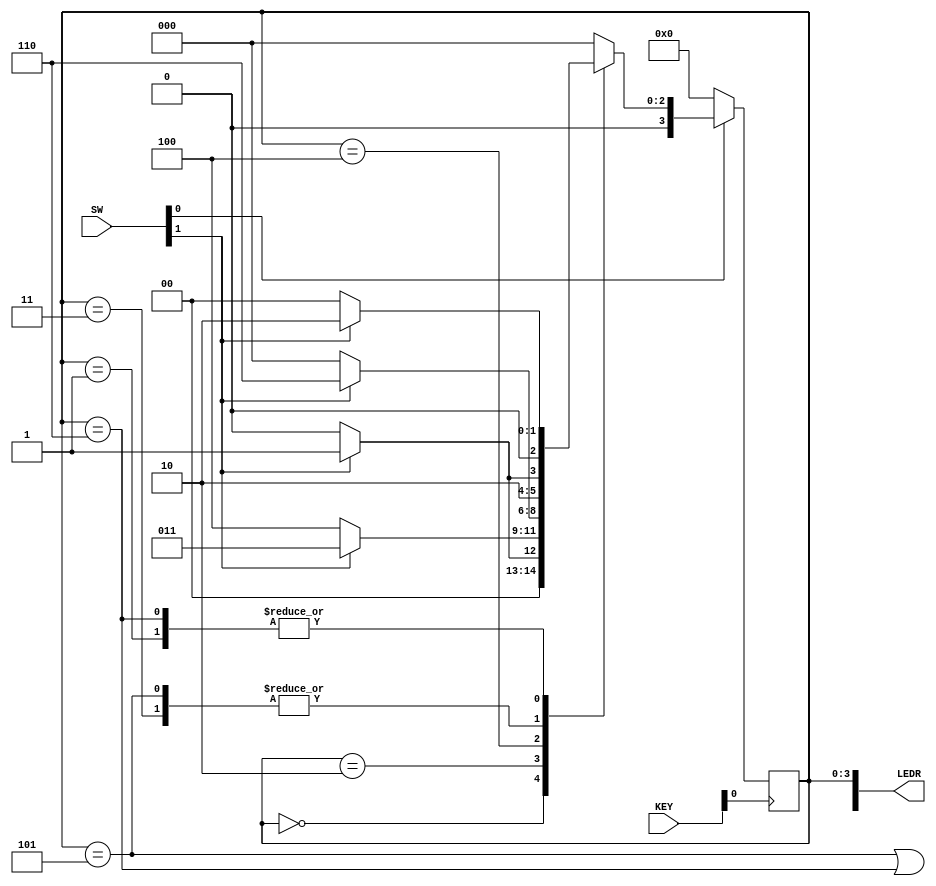
`timescale 1ns / 1ps

module main(SW, KEY, LEDR);
    input [9:0]SW;
    input [3:0]KEY;
    output [9:0]LEDR;

    wire w, clock, resetn, out_light;
    
    reg [3:0]PS, NS; // PS represents current state, NS represents next state
    
    localparam A = 4'b0000, B = 4'b0001, C = 4'b0010, D = 4'b0011, E = 4'b0100, F = 4'b0101, G = 4'b0110;
    
    assign w = SW[1]; //input
    assign clock = ~KEY[0];
    assign resetn = SW[0]; //active low synch reset

    //State table
    //The state table should only contain the logic for state transitions
    //Do not mix in any output logic. The output logic should be handled separately.
    //This will make it easier to read, modify and debug the code.
    always@(*)
    begin 
        case(PS)
            A: begin
                   if (!w) NS = A;
                   else NS = B;
               end
            B: begin
                   if(!w) NS = A;
                   else NS = C;
               end
            C: begin
                   if (!w) NS = E;
                   else NS = D;
               end
            D: begin
                   if (!w) NS = E;
                   else NS = F;
               end
            E: begin
                   if (!w) NS = A;
                   else NS = G;
               end
            F: begin
                   if (!w) NS = E;
                   else NS = F;
               end
            G: begin
                   if (!w) NS = A;
                   else NS = C;
               end
            default: NS = A;
        endcase
    end 
    
    // State Registers
    always @(posedge clock)
    begin 
        if(resetn == 1'b0)
            PS <= A; // Should set reset state to state A
        else
            PS <= NS;
    end 

    // Output logic
    // Set out_light to 1 to turn on LED when in relevant states
    assign out_light = ((PS == F) | (PS == G));

    assign LEDR[9] = out_light; //output z
    assign LEDR[3:0] = PS;
endmodule